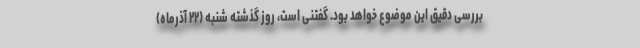
بررسی دقیق این موضوع خواهد بود. گفتنی است، روز گذشته شنبه (۲۲ آذرماه)